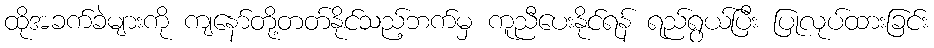
ထိုအခက်ခဲများကို ကျနော်တို့တတ်နိုင်သည့်ဘက်မှ ကူညီပေးနိုင်ရန် ရည်ရွယ်ပြီး ပြုလုပ်ထားခြင်း